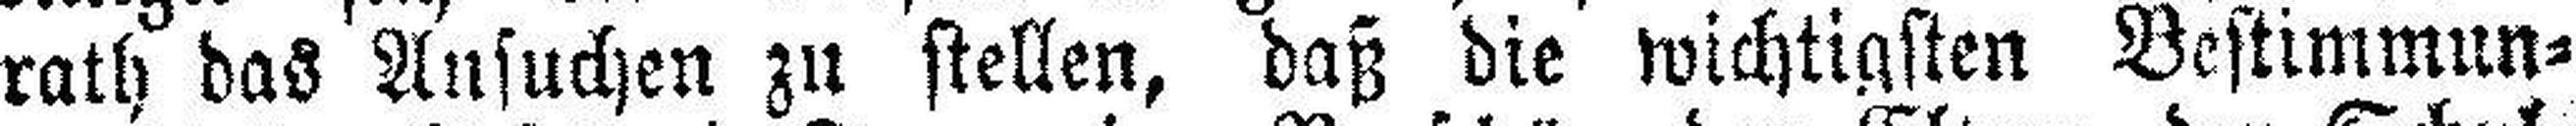
rath das Ansuchen zu stellen, daß die wichtigsten Bestimmun¬